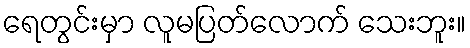
ရေတွင်းမှာ လူမပြတ်လောက် သေးဘူး။